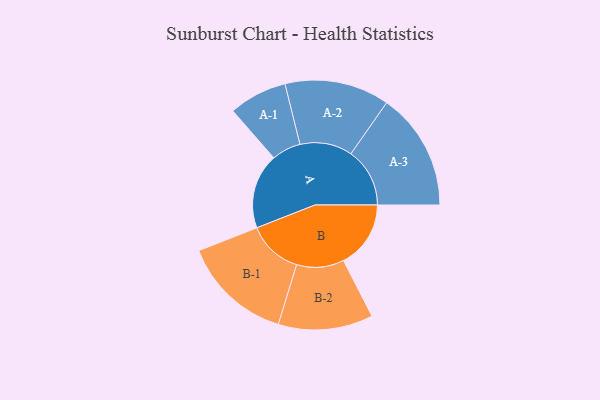
{"axis": {"x": "Segment", "y": "Value"}, "legend": ["", "A", "B"], "data": [{"x": "A", "y": 359, "type": ""}, {"x": "B", "y": 321, "type": ""}, {"x": "A-1", "y": 139, "type": "A"}, {"x": "A-2", "y": 250, "type": "A"}, {"x": "A-3", "y": 281, "type": "A"}, {"x": "B-1", "y": 263, "type": "B"}, {"x": "B-2", "y": 226, "type": "B"}]}